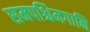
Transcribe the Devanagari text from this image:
समपश्चिमगानि